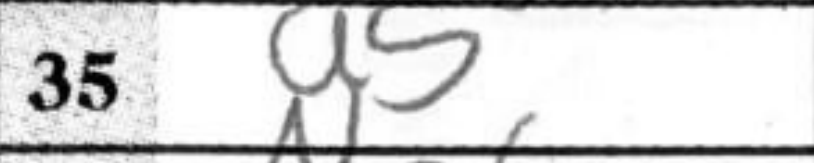
Transcription: a5